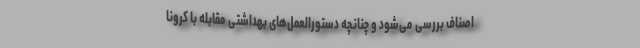
اصناف بررسی می‌شود و چنانچه دستورالعمل‌های بهداشتی مقابله با کرونا